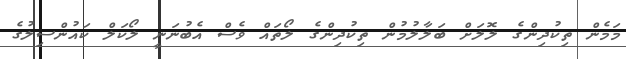
މަމެން ތިކުދިންގެ ލޮލަށް ބަލާލުމުން ތިކުދިންގެ ލޯތައް ވެސް އެބުނަނީ ލޯކަލް ކައުންސިލުގެ